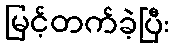
မြင့်တက်ခဲ့ပြီး